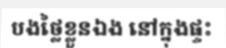
បងថ្លៃខ្លួនឯង នៅក្នុងផ្ទះ